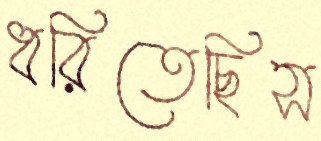
ধরিতেছিস